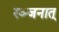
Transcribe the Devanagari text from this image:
रञ्जनात्